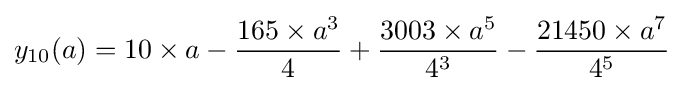
y_{10}(a)=10\times a-{\frac {165\times a^{3}}{4}}+{\frac {3003\times a^{5}}{4^{3}}}-{\frac {21450\times a^{7}}{4^{5}}}